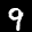
Label: 9